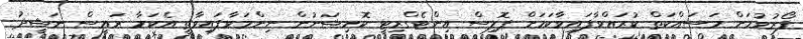
ފޯރުވުމަށް މަސައްކަތް ކުރައްވާފައިވާކަމަށް ޕޮލިސް އިންޓެގްރިޓީ ކޮމިޝަނުން ނިންމަވާފައިވާތީ އެކަމާ ރައީސް ނަޝީދު